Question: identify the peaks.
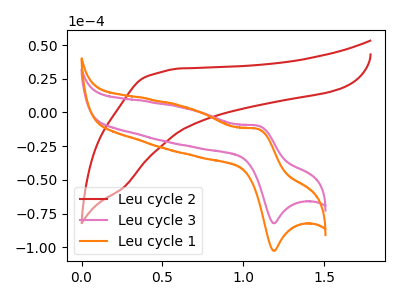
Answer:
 <answer>The red curve "Leu cycle 2" has no peaks. The pink curve "Leu cycle 3" has an anodic peak at (1.10V, -9.95uA) and a cathodic peak at (1.20V, -82.15uA). The orange curve "Leu cycle 1" has an anodic peak at (1.10V, -12.45uA) and a cathodic peak at (1.20V, -102.60uA).</answer>
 <eval></eval>